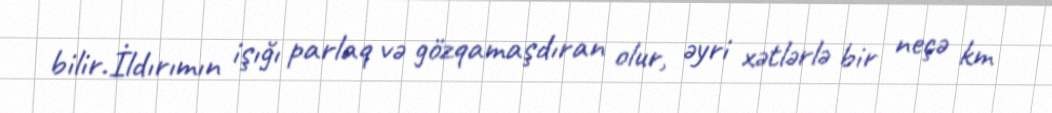
bilir.İldırımın işığı parlaq və gözqamaşdıran olur, əyri xətlərlə bir neçə km